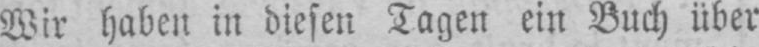
Wir haben in diesen Tagen ein Buch über